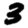
Digit: 3